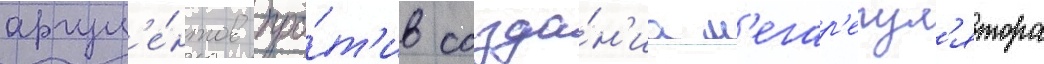
аргум'е́нтов про́т'ив созда́н'иа м'егар'егул'ятора